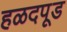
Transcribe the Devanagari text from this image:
हळदपूड